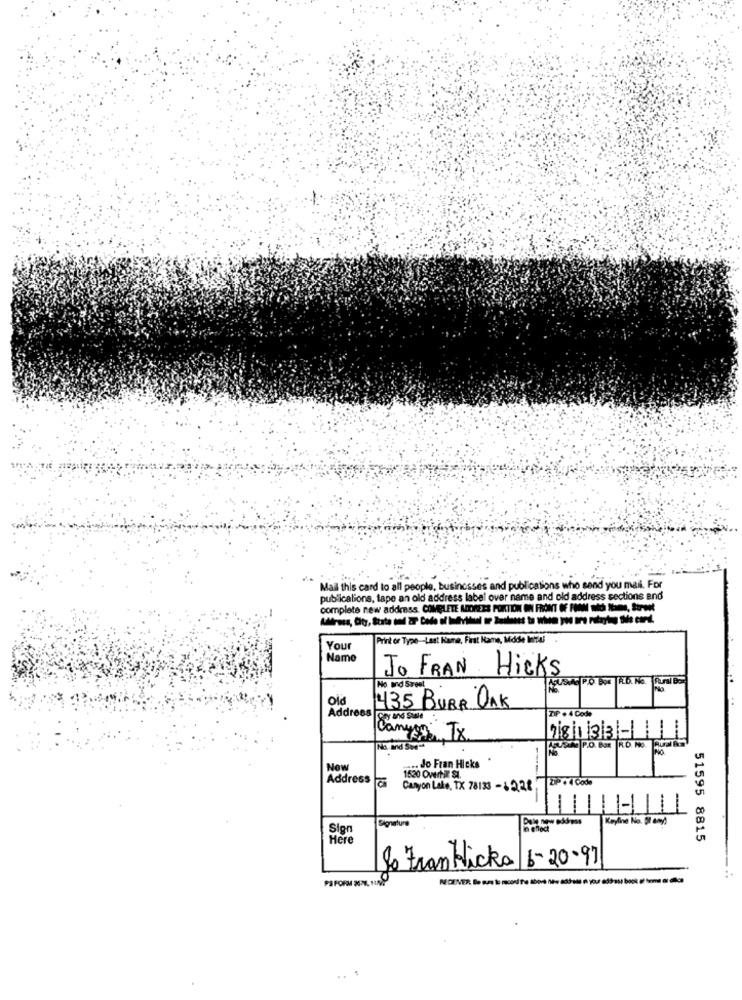
Mail this card to all people, businesses and publications who sand you mail. For
publicalions, tape an old address label over name and old address sections and
complete new address. COMGLETE MOREES PORTION IN FRONT OF FMMM mid Itame, Seront
Print or Type-Last Name, First Name, Middle lattal
Your
Name
JO FRAN Hicks
No and Sreal
Address
435 BURR OAK
ZIP . 4 Code
Joy and Sale
18|133 -
No. ind Swe-
Now
.... Jo Fran Hicks
Address
1520 Overhil st.
SP.04 Coda
Canyon Lake, TX 78133 - 1228
1
Keyfine No. 31 any)
Sign
Here
51595 8815
So Fran klicka 6-20.97
..